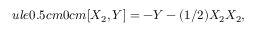
ule { 0.5 cm } { 0 cm } [ X _ { 2 } , Y ] = - Y - ( 1 / 2 ) X _ { 2 } X _ { 2 } ,